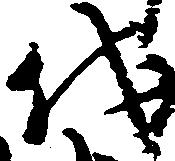
代